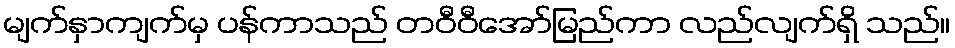
မျက်နှာကျက်မှ ပန်ကာသည် တဝီဝီအော်မြည်ကာ လည်လျက်ရှိ သည်။